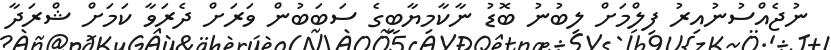
ނުޖެއްސުނުއިރު ފިލްމަށް ލިބުނު ބޮޑު ނާކާމިޔާބީގެ ސަބަބުން ވަރަށް ދެރަވާ ކަމަށް ޝްރަދާ